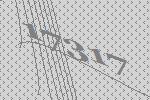
17317